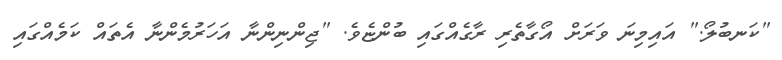
"ކަނބުލޯ." އައިމިނަ ވަރަށް އޯގާތެރި ރާގެއްގައި ބުންޏެވެ. "ޖިންނިންނާ އަހަރުމެންނާ އެތައް ކަމެއްގައި